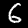
Digit: 6